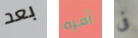
بعد أمره فى